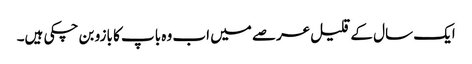
ایک سال کے قلیل عرصے میں اب وہ باپ کا بازو بن چکی ہیں۔